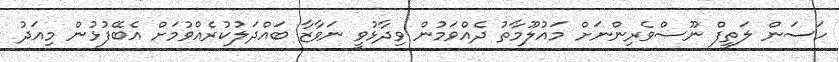
ހަސަން ލަތީފް ނޫސްވެރިންނަށް މައުލޫމާތު ދެއްވަމުން ވިދާޅުވީ ނަވާޒާ ބައްދަލުކުރެއްވުމަށް އެބޭފުޅުން މިއަދު